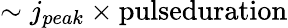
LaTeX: \sim j_{peak}\times\textup{pulseduration}